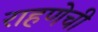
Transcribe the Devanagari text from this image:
राहणेची